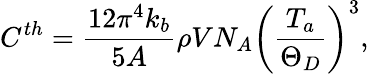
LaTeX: C^{th}=\frac{12\pi^{4}k_{b}}{5A}\rho VN_{A}\left(\frac{T_{a}}{\Theta_{D}}\right)^{3},